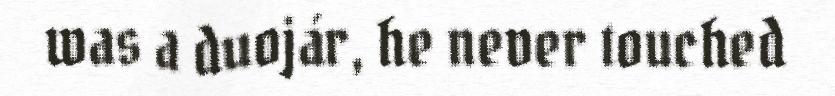
was a duojár, he never touched